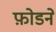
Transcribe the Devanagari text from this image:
फ़ोडने